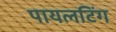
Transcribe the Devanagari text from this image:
पायलटिंग